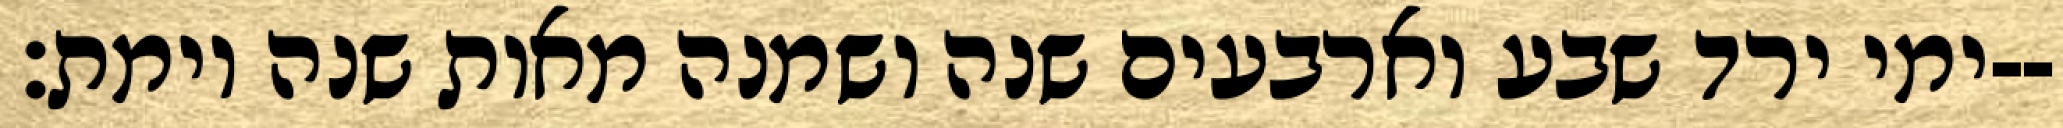
ימי ירד שבע וארבעים שנה ושמנה מאות שנה וימת׃--